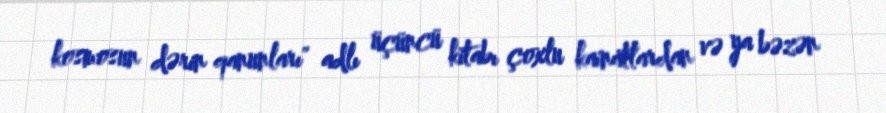
kosmosun dərin qanunları" adlı üçüncü kitabı çoxlu kainatlardan və ya bəzən